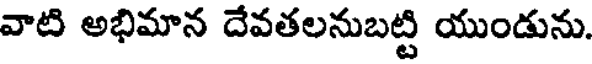
వాటి అభిమాన దేవతలనుబట్టి యుండును.